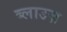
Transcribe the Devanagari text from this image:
ब्लाउज़